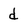
Character: d